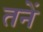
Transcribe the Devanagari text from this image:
तनें